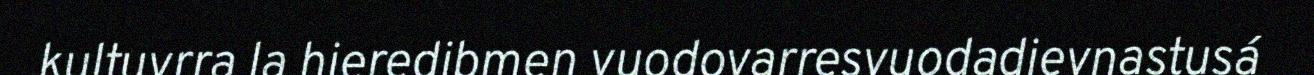
kultuvrra la hieredibmen vuodovarresvuodadievnastusá